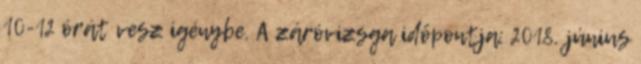
10-12 órát vesz igénybe. A záróvizsga időpontja: 2018. június